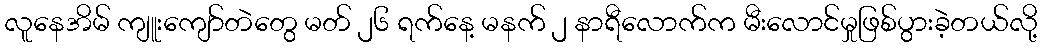
လူနေအိမ် ကျူးကျော်တဲတွေ မတ် ၂၆ ရက်နေ့ မနက် ၂ နာရီလောက်က မီးလောင်မှုဖြစ်ပွားခဲ့တယ်လို့